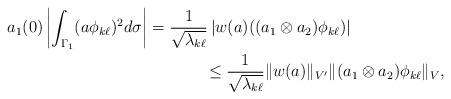
LaTeX: \begin{align*}&a_1(0)\left| \int_{\Gamma _1}(a\phi_{k\ell})^2d\sigma \right| =\frac{1}{\sqrt{\lambda_{k\ell}}}\left| w(a) ((a_1\otimes a_2)\phi_{k\ell})\right| \\&\hskip 5 cm\le \frac{1}{\sqrt{\lambda_{k\ell}}}\|w(a)\|_{V'}\|(a_1\otimes a_2)\phi_{k\ell}\|_V,\end{align*}